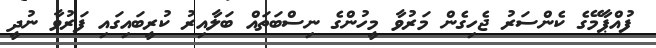
ފުއްޕާމޭގެ ކެންސަރު ޖެހިގެން މަރުވާ މީހުންގެ ނިސްބަތައް ބަލާއިރު ކުރީބައިގައި ފަރުވާ ނުދީ